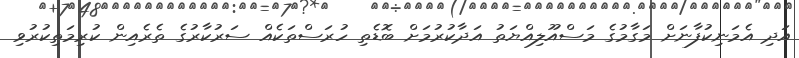
އަދި އެމަނިކުފާނަށް މަގާމުގެ މަސްއޫލިއްޔަތު އަދާކުރުމަށް ބޮޑެތި ހުރަސްތަކެއް ސަރުކާރުގެ ތެރެއިން ކުރިމަތިކުރުވި